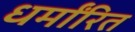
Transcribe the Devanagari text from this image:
धर्मांरित